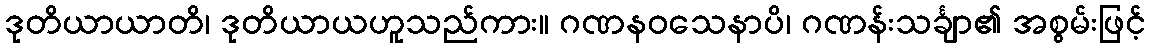
ဒုတိယာယာတိ၊ ဒုတိယာယဟူသည်ကား။ ဂဏနဝသေနာပိ၊ ဂဏန်းသင်္ချာ၏ အစွမ်းဖြင့်